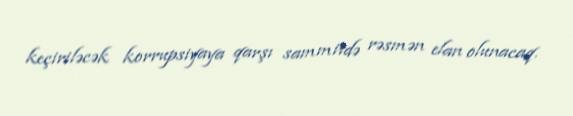
keçiriləcək korrupsiyaya qarşı sammitdə rəsmən elan olunacaq.